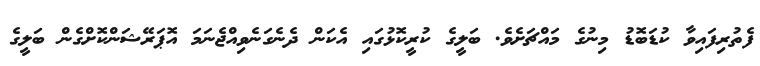
ފެތުރިފައިވާ ކުޑަބޮޑު މިނުގެ މައްޗަށެވެ. ބަލީގެ ކުރީކޮޅުގައި އެކަން ދެނެގަނެވިއްޖެނަމަ އޮޕަރޭޝަންކޮށްގެން ބަލީގެ